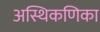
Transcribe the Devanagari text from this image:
अस्थिकणिका